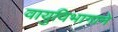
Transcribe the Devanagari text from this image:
वायुविभागाने